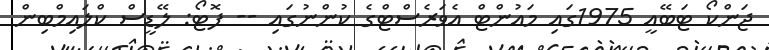
ޖަންކޯ ޓަބޭއީ 1975ގައި މައުންޓް އެވަރެސްޓްގެ ކުންނުގައި -- ފޮޓޯ: ލޭޑީސް ކްލައިމްބިން